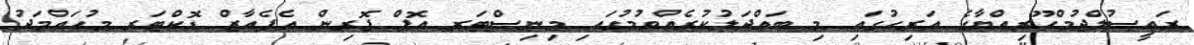
ރައީސުލްޖުމްހޫރިއްޔާގެ އަރިހުގައި މި ބައްދަލުކުރެއްވުމުގައި މިނިސްޓަރ އޮފް ފޮރިން އެފެއާޒް ޑޮކްޓަރ މުޙައްމަދު